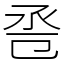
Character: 卺